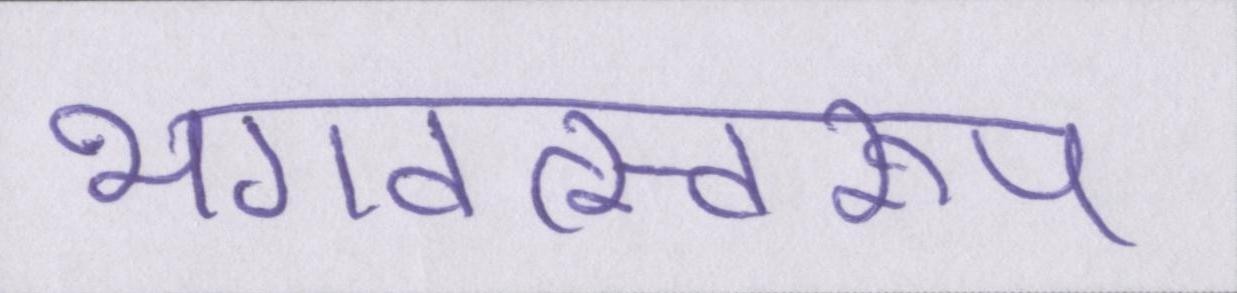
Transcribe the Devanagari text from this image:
भगवत्स्वरूप